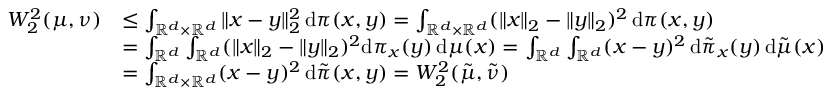
\begin{array} { r l } { W _ { 2 } ^ { 2 } ( \mu , \nu ) } & { \leq \int _ { \mathbb { R } ^ { d } \times \mathbb { R } ^ { d } } \| x - y \| _ { 2 } ^ { 2 } \, \mathrm { d } \pi ( x , y ) = \int _ { \mathbb { R } ^ { d } \times \mathbb { R } ^ { d } } ( \| x \| _ { 2 } - \| y \| _ { 2 } ) ^ { 2 } \, \mathrm { d } \pi ( x , y ) } \\ & { = \int _ { \mathbb { R } ^ { d } } \int _ { \mathbb { R } ^ { d } } ( \| x \| _ { 2 } - \| y \| _ { 2 } ) ^ { 2 } \mathrm { d } \pi _ { x } ( y ) \, \mathrm { d } \mu ( x ) = \int _ { \mathbb { R } ^ { d } } \int _ { \mathbb { R } ^ { d } } ( x - y ) ^ { 2 } \, \mathrm { d } \tilde { \pi } _ { x } ( y ) \, \mathrm { d } \tilde { \mu } ( x ) } \\ & { = \int _ { \mathbb { R } ^ { d } \times \mathbb { R } ^ { d } } ( x - y ) ^ { 2 } \, \mathrm { d } \tilde { \pi } ( x , y ) = W _ { 2 } ^ { 2 } ( \tilde { \mu } , \tilde { \nu } ) } \end{array}